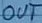
Text: OUT